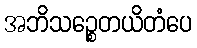
အဘိသဉ္စေတယိတံပေ